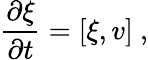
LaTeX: \frac{\partial\xi}{\partial t}=[\xi,v]\ ,